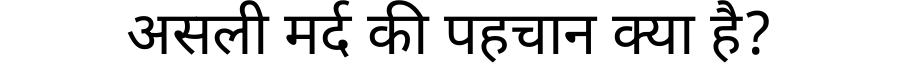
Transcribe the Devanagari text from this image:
असली मर्द की पहचान क्या है?